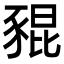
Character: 𧱟